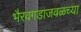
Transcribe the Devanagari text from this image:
भैरवगडाजवळच्या